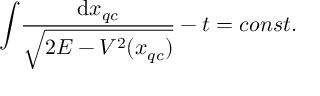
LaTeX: \int \! \frac { \mathrm { d } x _ { q c } } { \sqrt { 2 E - V ^ { 2 } ( x _ { q c } ) } } - t = c o n s t .